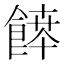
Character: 𩝃